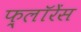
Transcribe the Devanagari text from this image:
फ़्लॉरेंस